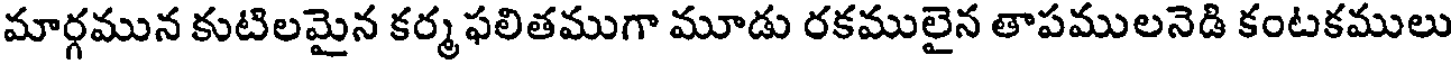
మార్గమున కుటిలమైన కర్మ ఫలితముగా మూడు రకములైన తాపములనెడి కంటకములు